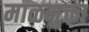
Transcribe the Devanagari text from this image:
माळमुक्ता